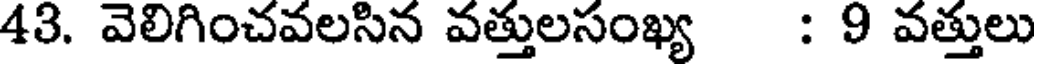
43. వెలిగించవలసిన వత్తులసంఖ్య : 9 వత్తులు